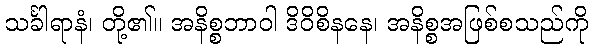
သင်္ခါရာနံ၊ တို့၏။ အနိစ္စဘာဝါ ဒိဝိစိနနေ၊ အနိစ္စအဖြစ်စသည်ကို